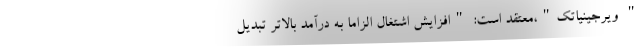
" ویرجینیا‌تک"،معتقد است: "افزایش اشتغال الزاما به درآمد بالاتر تبدیل